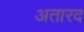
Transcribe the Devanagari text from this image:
अतारद